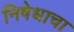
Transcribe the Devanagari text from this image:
निषेधाचा